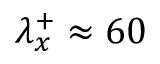
\lambda _ { x } ^ { + } \approx 6 0